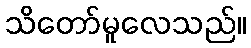
သိတော်မူလေသည်။